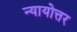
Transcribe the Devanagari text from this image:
न्यायोत्तर